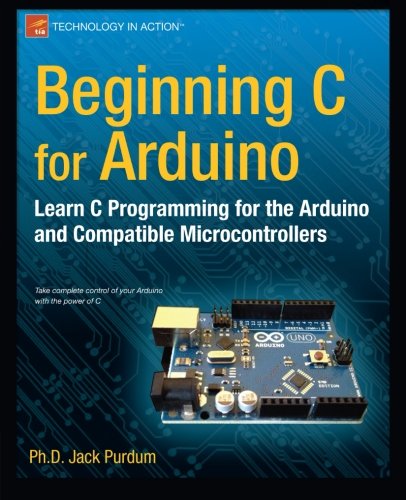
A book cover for Beginning C for Arduino: Learn C Programming for the Arduino (Technology in Action); Jack Purdum; Computers & Technology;